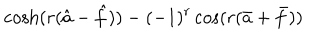
LaTeX: \cosh ( r ( \hat { a } - \hat { f } ) ) - ( - 1 ) ^ { r } \cos ( r ( \bar { a } + \bar { f } ) )